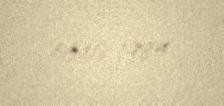
05.08.1984